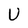
Character: U